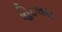
હિટલરા